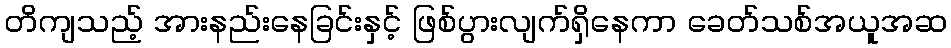
တိကျသည့် အားနည်းနေခြင်းနှင့် ဖြစ်ပွားလျက်ရှိနေကာ ခေတ်သစ်အယူအဆ